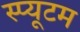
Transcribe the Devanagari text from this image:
स्प्यूटम